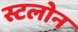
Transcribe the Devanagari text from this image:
स्टलोन